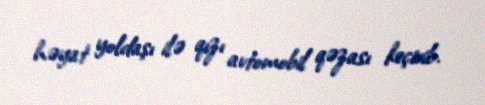
həyat yoldaşı ilə qızı avtomobil qəzası keçirib.